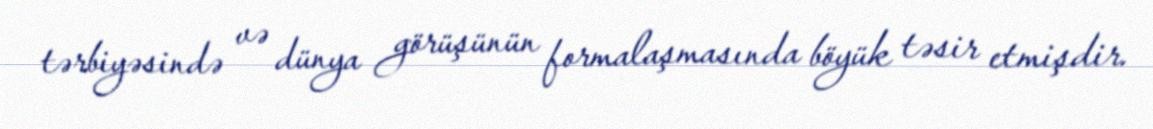
tərbiyəsində və dünya görüşünün formalaşmasında böyük təsir etmişdir.